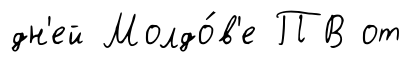
дн'ей Молдо́в'е ПВ от